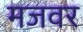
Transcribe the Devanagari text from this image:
मजवर